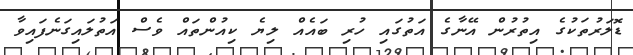
ޑޮލަރުތަކުގެ އިތުރުން އޭނާގެ އަތުގައި ހުރި ބައެއް ލިޔެ ކިއުންތައް ވެސް އަތުލައިގަނެފައިވާ